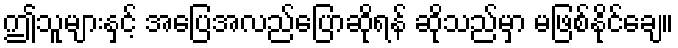
ဤသူများနှင့် အပြေအလည်ပြောဆိုရန် ဆိုသည်မှာ မဖြစ်နိုင်ချေ။